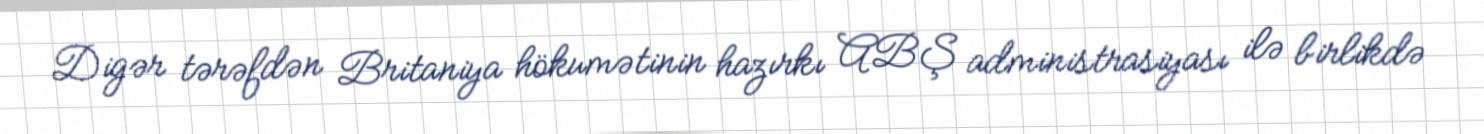
Digər tərəfdən Britaniya hökumətinin hazırkı ABŞ administrasiyası ilə birlikdə